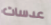
عدسات